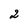
Character: 2